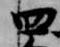
四